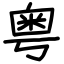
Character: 粤